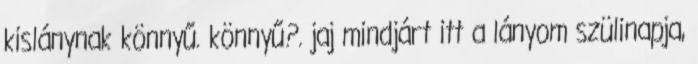
kislánynak könnyű. könnyű?. jaj mindjárt itt a lányom szülinapja,